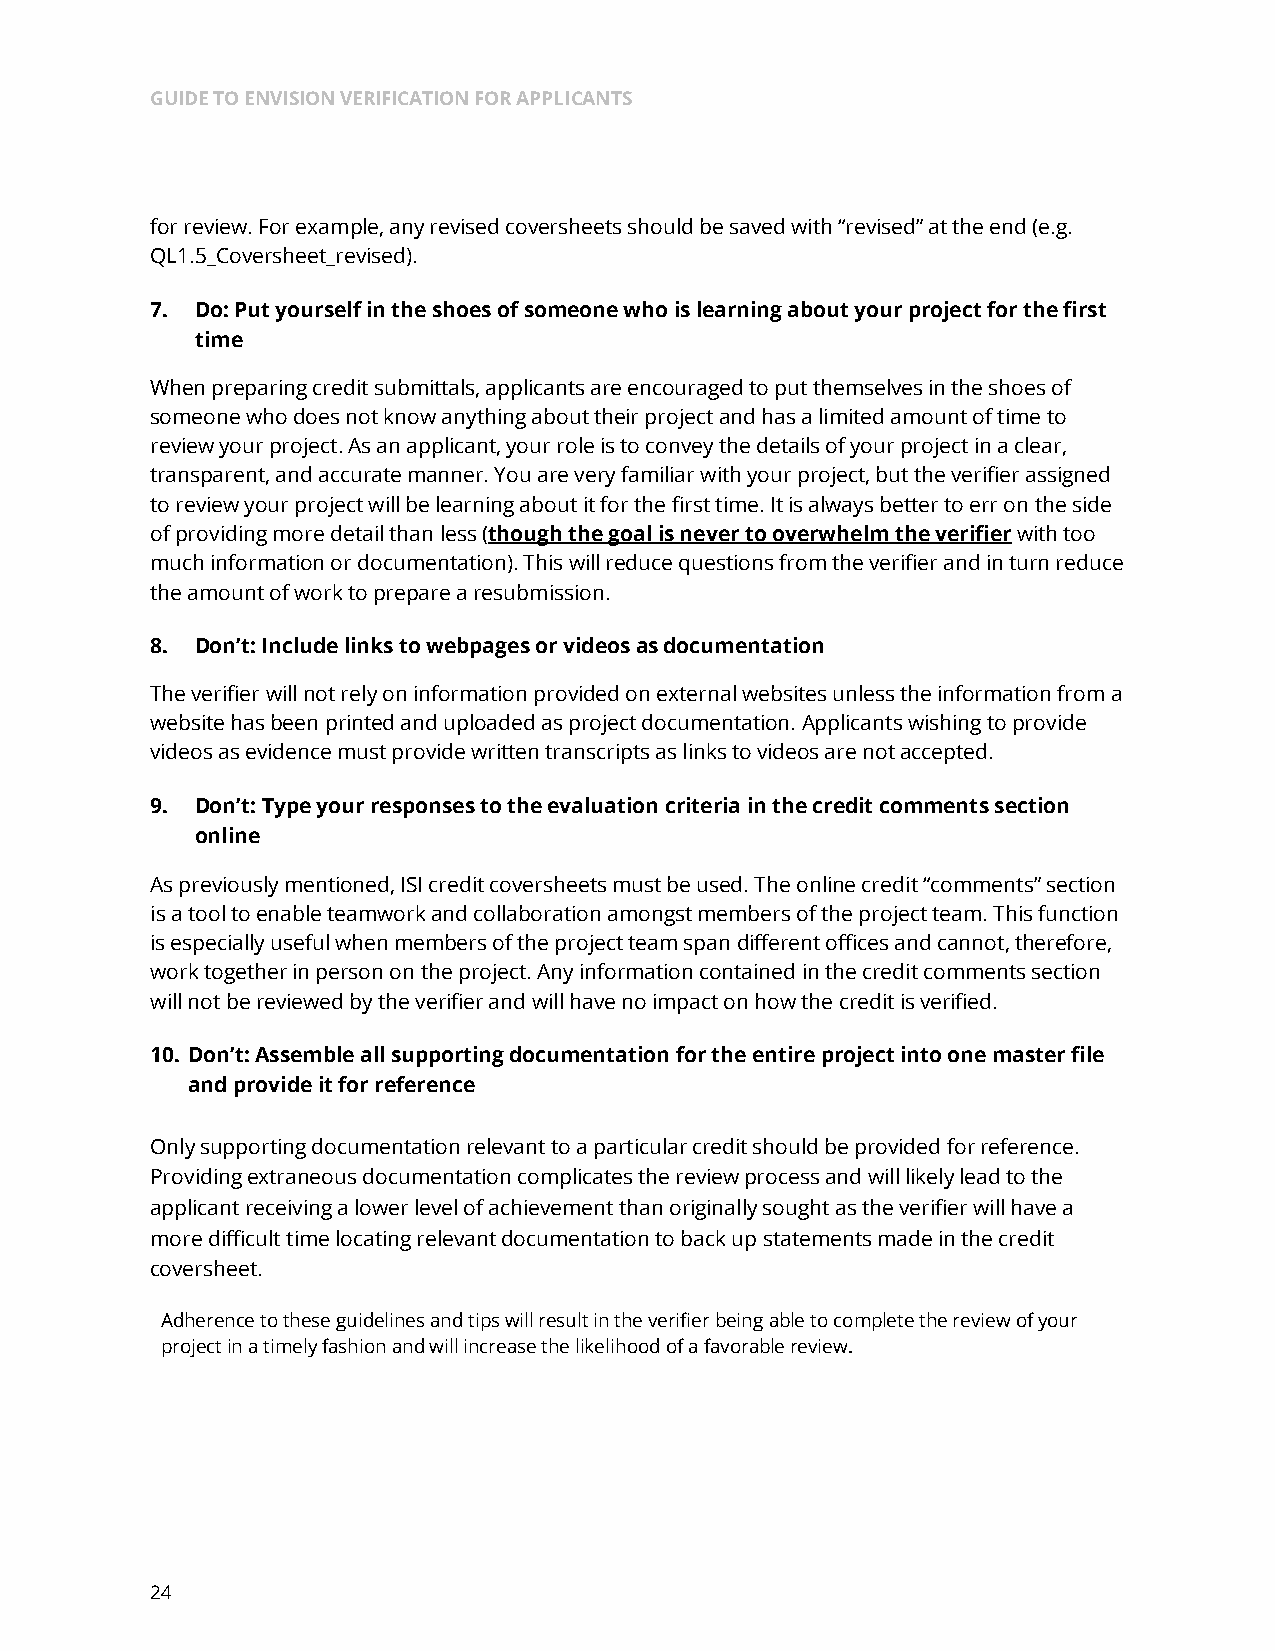
GUIDE TO ENVISION VERIFICATION FOR APPLICANTS
 for review. For example, any revised coversheets should be saved with “revised” at the end (e.g.
 QL1.5_Coversheet_revised).
 7. Do: Put yourself in the shoes of someone who is learning about your project for the first
 time
 When preparing credit submittals, applicants are encouraged to put themselves in the shoes of
 someone who does not know anything about their project and has a limited amount of time to
 review your project. As an applicant, your role is to convey the details of your project in a clear,
 transparent, and accurate manner. You are very familiar with your project, but the verifier assigned
 to review your project will be learning about it for the first time. It is always better to err on the side
 of providing more detail than less (though the goal is never to overwhelm the verifier with too
 much information or documentation). This will reduce questions from the verifier and in turn reduce
 the amount of work to prepare a resubmission.
 8. Don’t: Include links to webpages or videos as documentation
 The verifier will not rely on information provided on external websites unless the information from a
 website has been printed and uploaded as project documentation. Applicants wishing to provide
 videos as evidence must provide written transcripts as links to videos are not accepted.
 9. Don’t: Type your responses to the evaluation criteria in the credit comments section
 online
 As previously mentioned, ISI credit coversheets must be used. The online credit “comments” section
 is a tool to enable teamwork and collaboration amongst members of the project team. This function
 is especially useful when members of the project team span different offices and cannot, therefore,
 work together in person on the project. Any information contained in the credit comments section
 will not be reviewed by the verifier and will have no impact on how the credit is verified.
 10. Don’t: Assemble all supporting documentation for the entire project into one master file
 and provide it for reference
 Only supporting documentation relevant to a particular credit should be provided for reference.
 Providing extraneous documentation complicates the review process and will likely lead to the
 applicant receiving a lower level of achievement than originally sought as the verifier will have a
 more difficult time locating relevant documentation to back up statements made in the credit
 coversheet.
 Adherence to these guidelines and tips will result in the verifier being able to complete the review of your
 project in a timely fashion and will increase the likelihood of a favorable review.
 24